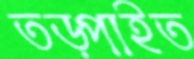
তড়্‌পাইত